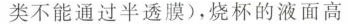
类不能通过半透膜)，烧杯的液面高